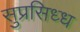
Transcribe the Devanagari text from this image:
सुप्रसिध्‍ध